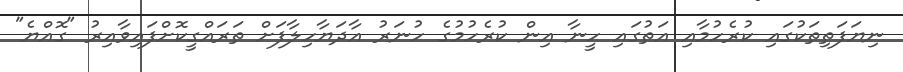
ނިޔަފަތިތަކުގައި ކުރެހުމާއި އަތުގައި ހީނާ އިން ކުރެހުމުގެ ހުނަރު އާދަޔާހިލާފަށް ތަރައްގީކޮށްފައިވާއިރު "ގޮއްޔެ"